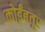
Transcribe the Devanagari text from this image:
कोईंबतूर